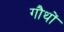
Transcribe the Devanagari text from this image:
गौथों